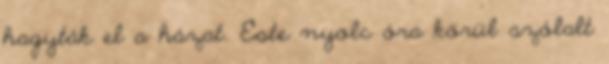
hagyták el a házat. Este nyolc óra körül szólalt